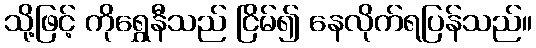
သို့ဖြင့် ကိုရွှေနီသည် ငြိမ်၍ နေလိုက်ရပြန်သည်။